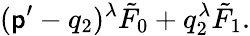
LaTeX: (\mathsf{p}^{\prime}-q_{2})^{\lambda}\tilde{{F}}_{0}+q_{2}^{\lambda}\tilde{{F}}_{1}.